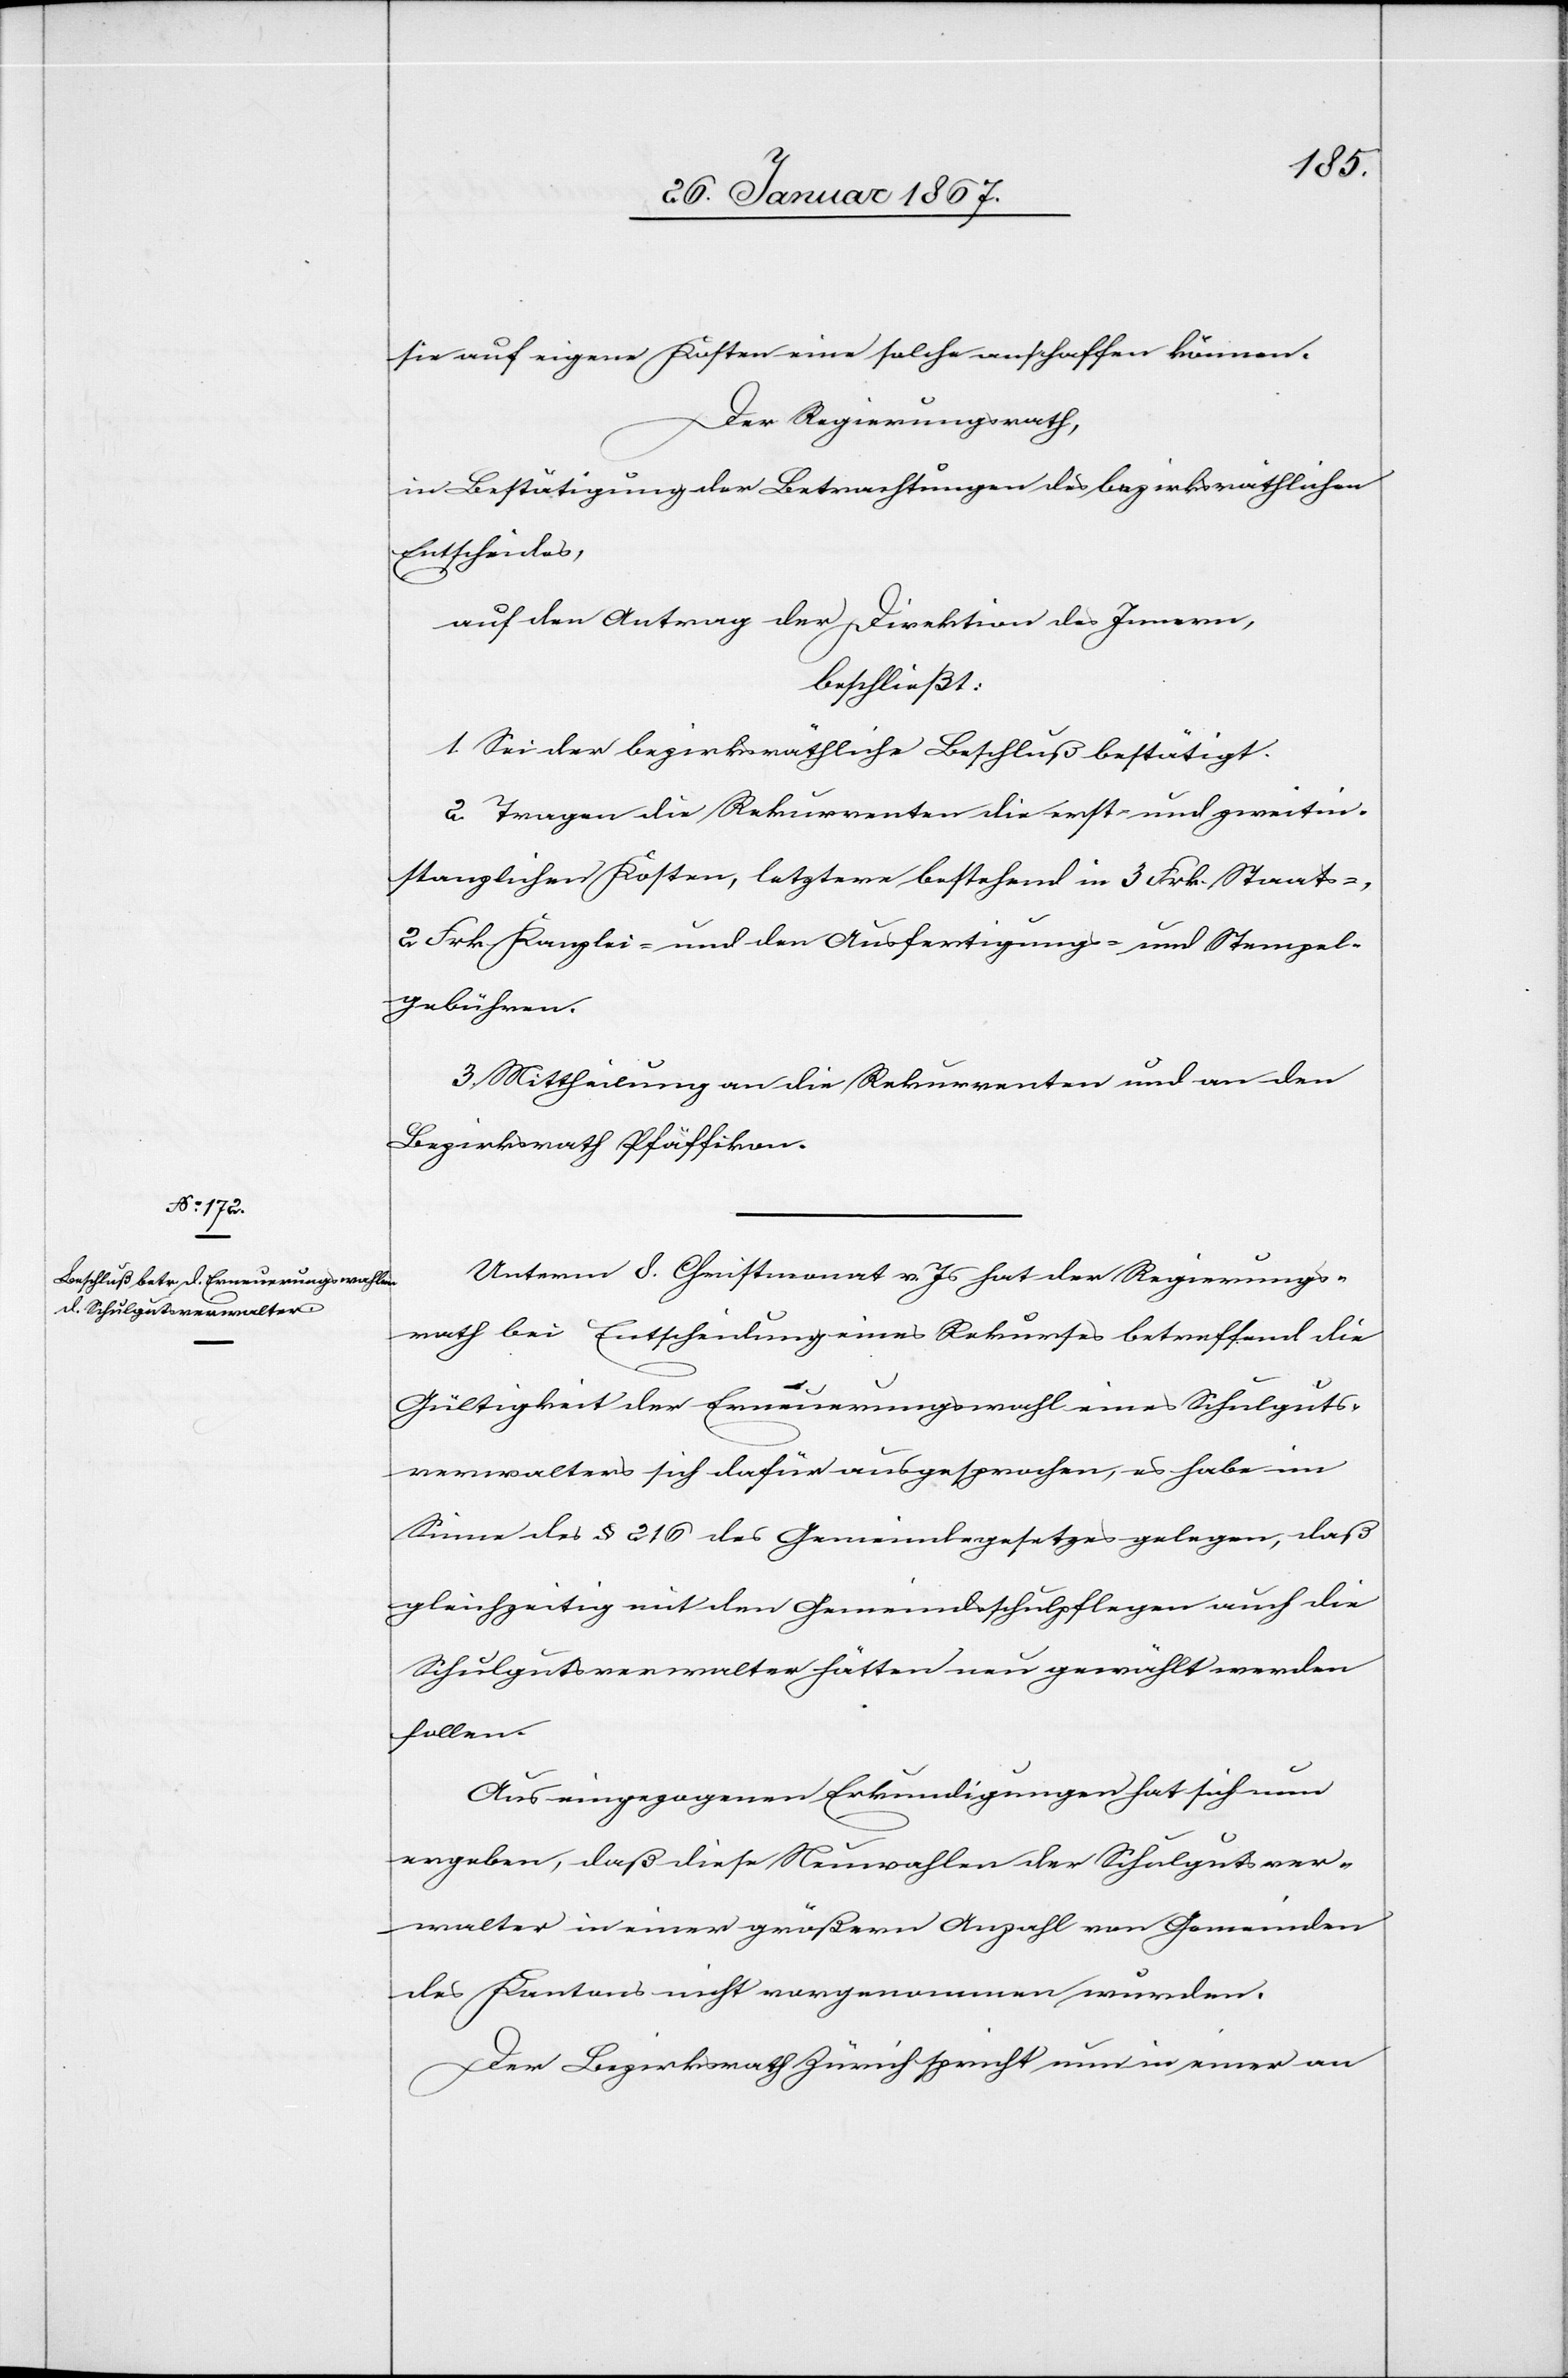
sie auf eigene Kosten eine solche anschaffen können.
Der Regierungsrath,
in Bestätigung der Betrachtungen des bezirksräthlichen
Entscheides,
auf den Antrag der Direktion des Innern,
beschließt:
1. Sei der bezirksräthliche Beschluß bestätigt.
2. Tragen die Rekurrenten die erst- und zweitin¬
stanzlichen Kosten, letztere bestehend in 3 Frk. Staats-,
2 Frk. Kanzlei- und den Ausfertigungs- und Stempel¬
gebühren.
3. Mittheilung an die Rekurrenten und an den
Bezirksrath Pfäffikon.
Unterm 8. Christmonat v. Js hat der Regierungs¬
rath bei Entscheidung eines Rekurses betreffend die
Gültigkeit der Erneuerungswahl eines Schulguts¬
verwalters sich dafür ausgesprochen, es habe im
Sinne des § 216 des Gemeindegesetzes gelegen, daß
gleichzeitig mit den Gemeindsschulpflegen auch die
Schulgutsverwalter hätten neu gewählt werden
sollen.
Aus eingezogenen Erkundigungen hat sich nun
ergeben, daß diese Neuwahlen der Schulgutsver¬
walter in einer größern Anzahl von Gemeinden
des Kantons nicht vorgenommen wurden.
Der Bezirksrath Zürich spricht nun in einer an